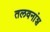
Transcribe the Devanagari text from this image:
तलवनांश